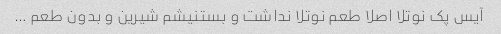
آیس پک نوتلا اصلا طعم نوتلا نداشت و بستنیشم شیرین و بدون طعم …